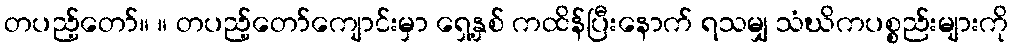
တပည့်တော်။ ။ တပည့်တော်ကျောင်းမှာ ရှေ့နှစ် ကထိန်ပြီးနောက် ရသမျှ သံဃိကပစ္စည်းများကို